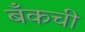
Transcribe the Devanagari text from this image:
बँकची